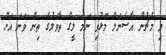
މި މެޗުން އާސެނަލް މޮޅުވި ނަމަ ލީގް ތާވަލުގެ ތިން ވަނަ އަށް